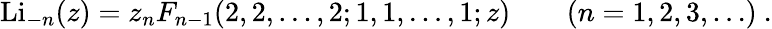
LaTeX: \operatorname{Li}_{-n}(z)=z_{n}F_{n-1}(2,2,\dots,2;1,1,\dots,1;z)\qquad(n=1,2,3,\ldots)~.